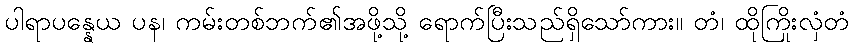
ပါရာပန္နေယ ပန၊ ကမ်းတစ်ဘက်၏အဖို့သို့ ရောက်ပြီးသည်ရှိသော်ကား။ တံ၊ ထိုကြိုးလှံတံ